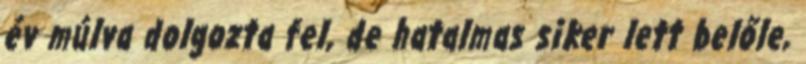
év múlva dolgozta fel, de hatalmas siker lett belőle,